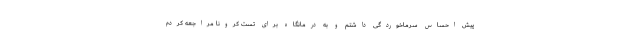
پیش احساس سرماخوردگی داشتم و به درمانگاه برای تست کرونا مراجعه کردم